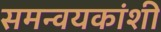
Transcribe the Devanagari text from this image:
समन्वयकांशी